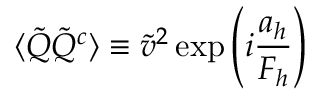
\langle \tilde { Q } \tilde { Q } ^ { c } \rangle \equiv \tilde { v } ^ { 2 } \exp \left( i \frac { a _ { h } } { F _ { h } } \right)